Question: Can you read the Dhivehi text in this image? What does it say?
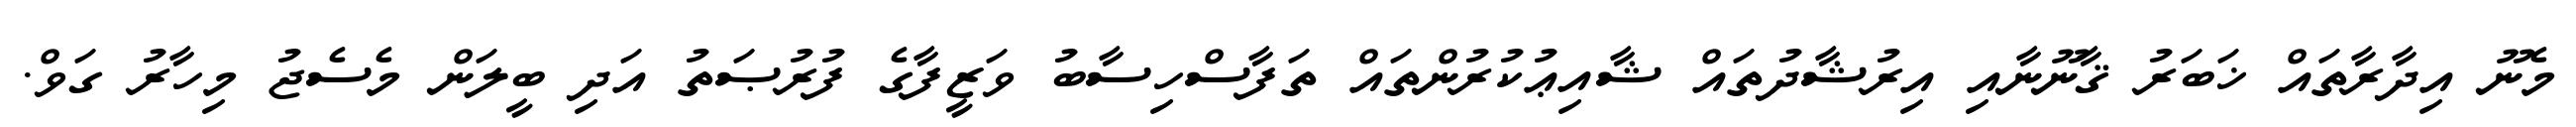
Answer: މެނޫ އިދާރާތައް ޚަބަރު ޤާނޫނާއި އިރުޝާދުތައް ޝާއިޢުކުރުންތައް ތަފާސްހިސާބު ވަޒީފާގެ ފުރުޞަތު އަދި ބީލަން މެސެޖު މިހާރު ގަވް.